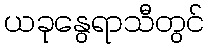
ယခုနွေရာသီတွင်